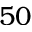
5 0